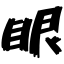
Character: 眼